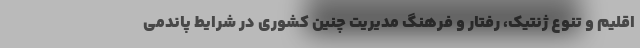
اقلیم و تنوع ژنتیک، رفتار و فرهنگ مدیریت چنین کشوری در شرایط پاندمی